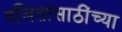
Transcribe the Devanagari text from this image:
दलितांसाठींच्या